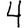
Digit: 4